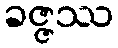
ခဇ္ဇဿ